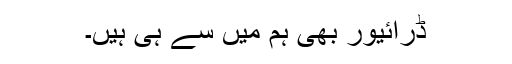
ڈرائیور بھی ہم میں سے ہی ہیں۔